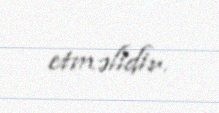
etməlidir.